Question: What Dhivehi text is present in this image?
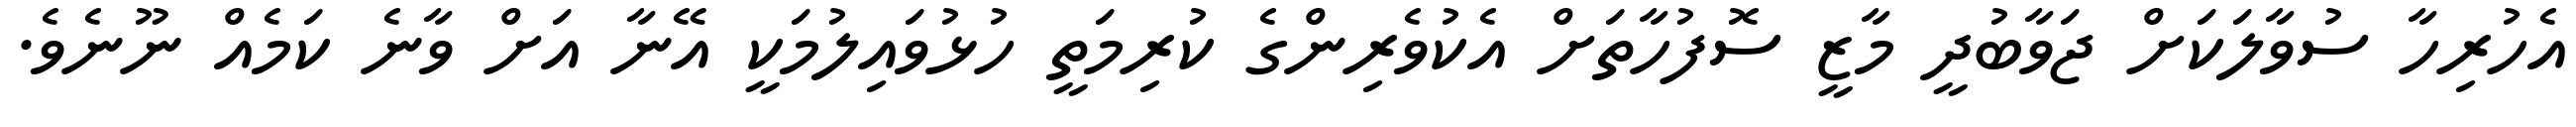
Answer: އެހުރިހާ ސުވާލަކަށް ޖަވާބުދީ މާޒީ ސޮފުހާތަށް އެކުވެރިންގެ ކުރިމަތީ ހުޅުވައިލުމަކީ އޭނާ އަށް ވާނެ ކަމެއް ނޫނެވެ.